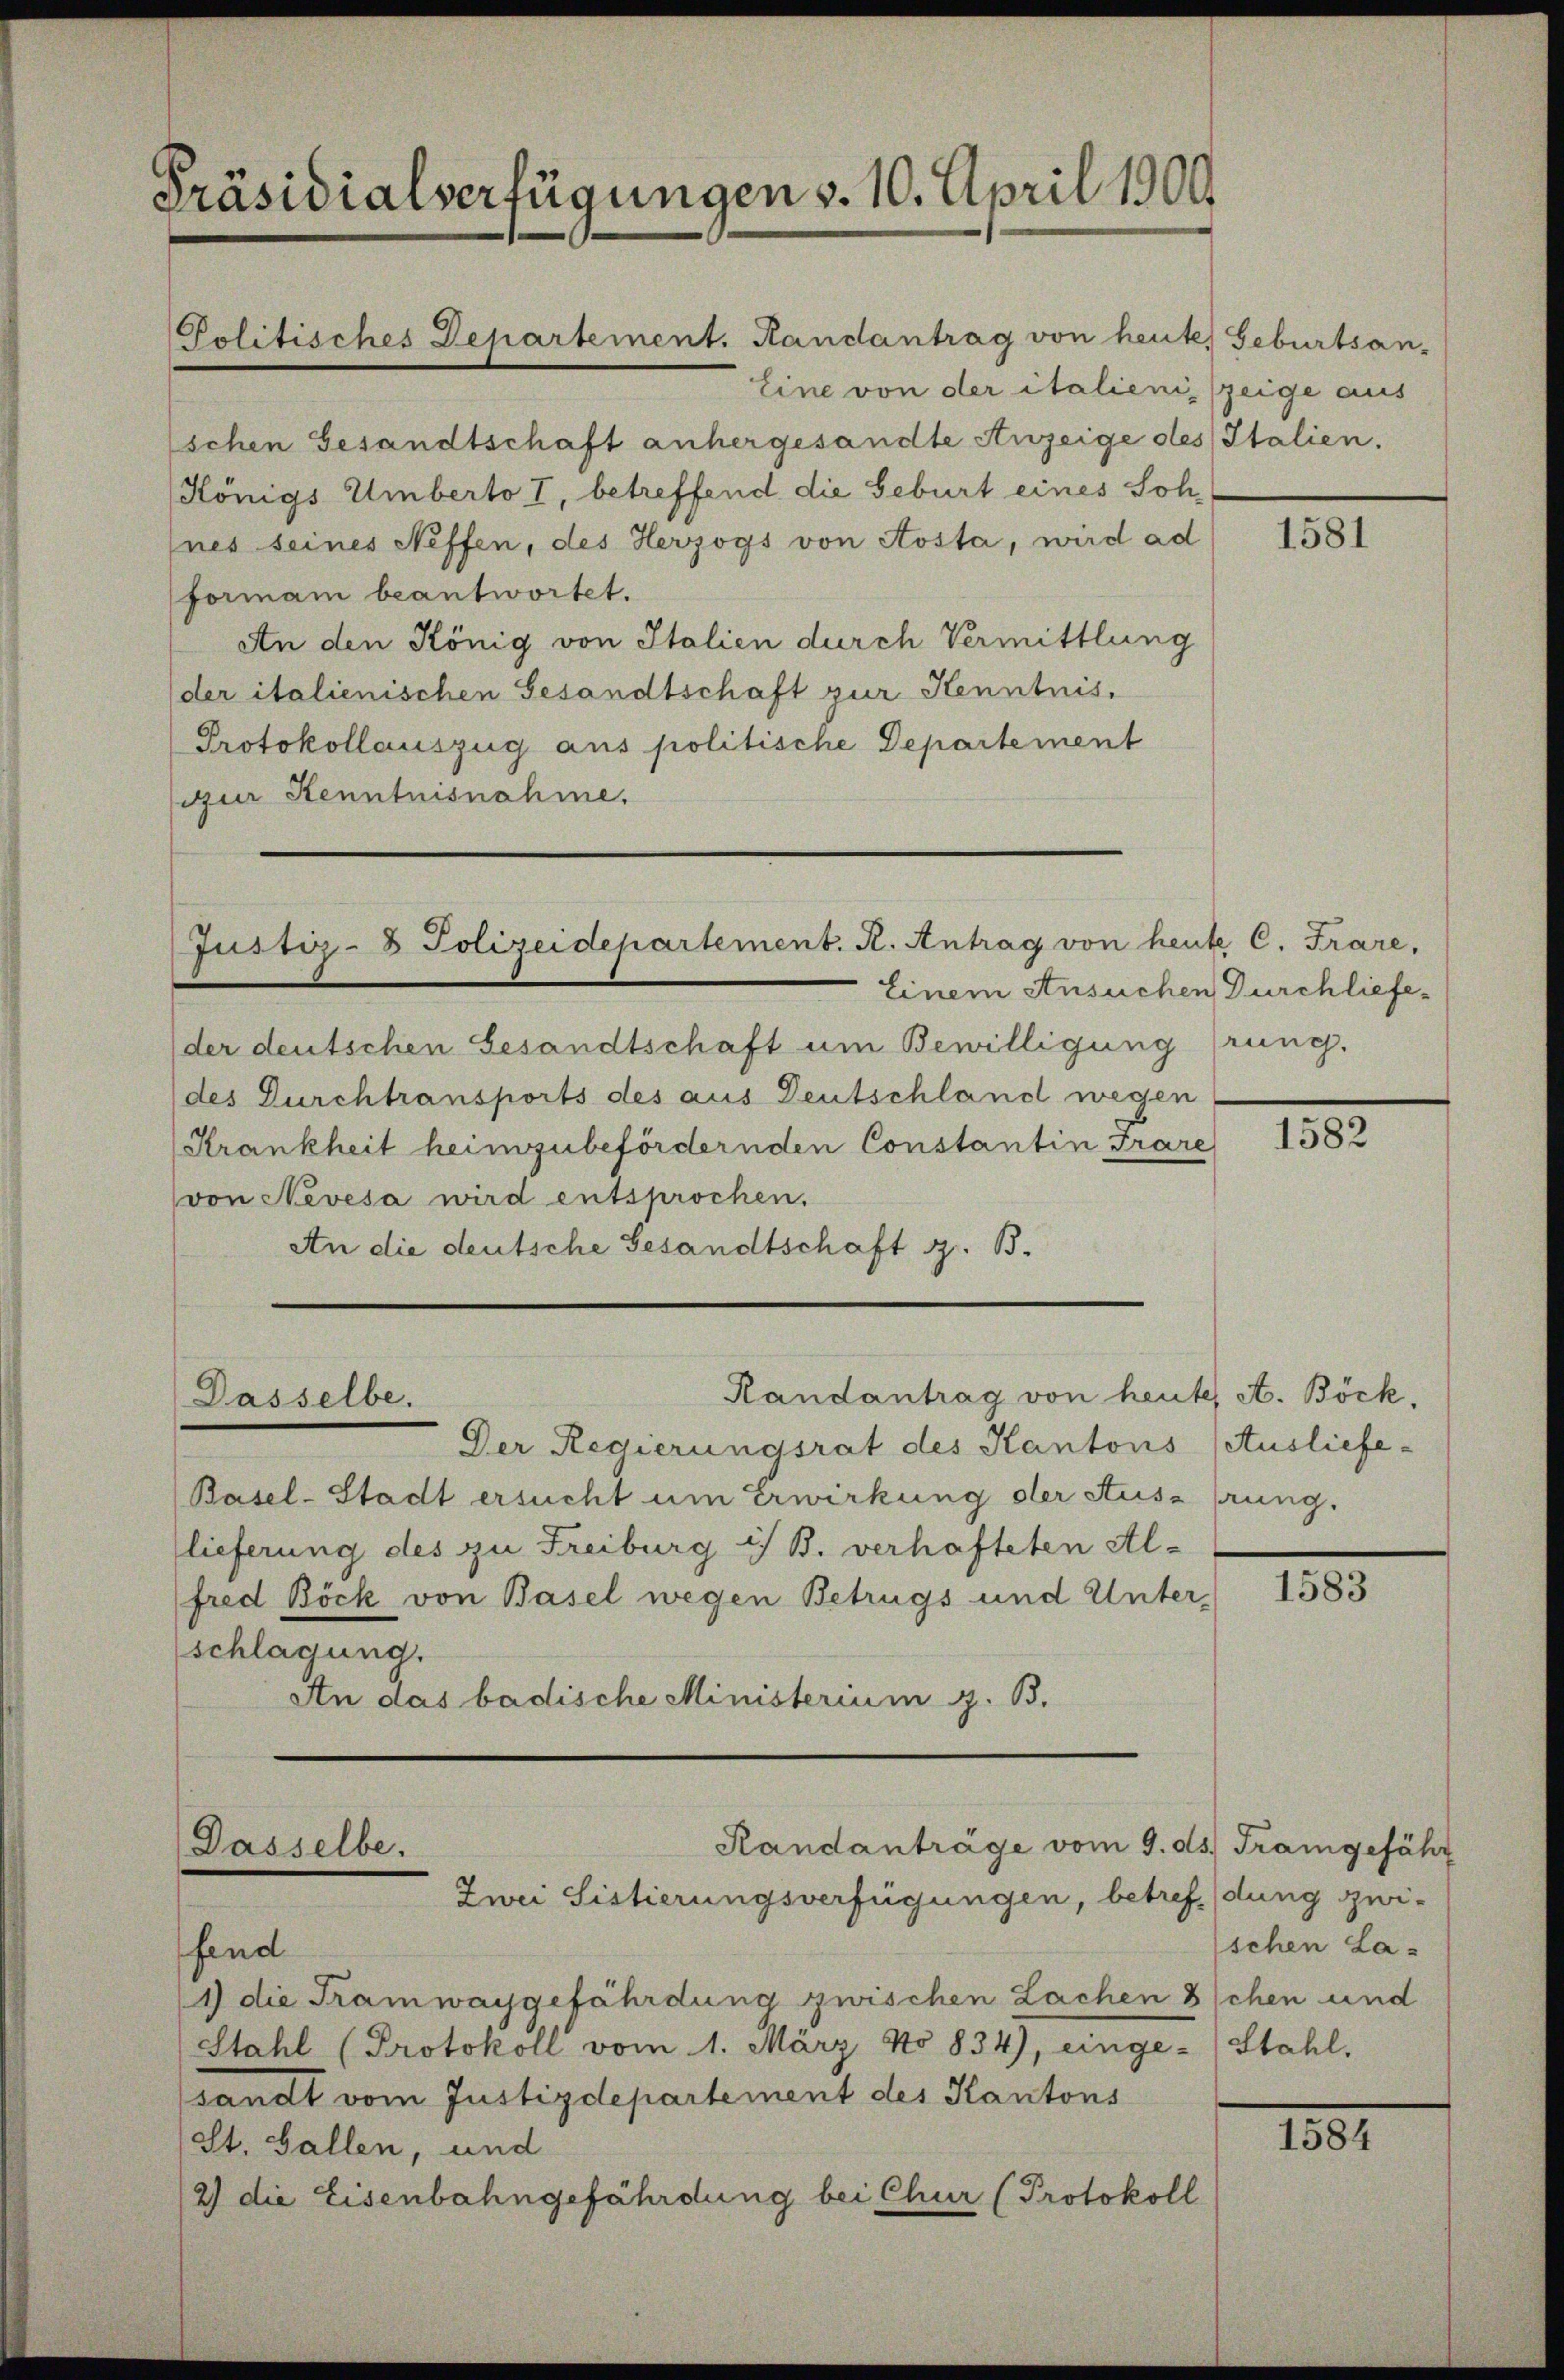
Präsidialverfügungen v. 10. April 1900.

Politisches Departement. Randantrag von heute Geburtsan-
Eine von der italienis zeige aus
schen Gesandtschaft anhergesandte Anzeige des Italien.
Königs Umberto I, betreffend die Geburt eines Sohnes seines Neffen, des Herzogs von Aosta, wird ad
formani beantwortet.
An den König von Italien durch Vermittlung
der italienischen Gesandtschaft zur Kenntnis,
Protokollauszug aus politische Departement
zur Kenntnisnahme.

Justiz- & Polizeidepartement. K. Antrag von heute C. Frare,

der deutschen Gesandtschaft um Bewilligung (rung.
des Durchtransports des aus Deutschland wegen
Krankheit heimzubefördernden Constantin Trare
von Nevesa wird entsprochen.
An die deutsche Gesandtschaft z. B.

Dasselbe.

Randantrag von heute, A. Böck,

Randanträge vom 9. ds. Trangefähr
Dasselbe.
Zwei Sistierungsverfügungen, betreff dung zwi¬

Der Regierungsrat des Kantons (Ausliefe-
Basel-Stadt ersucht um Erwirkung der Ausz prung.
lieferung des zu Freiburg i/ B. verhafteten Al-
fred Böck von Basel wegen Betrugs und Unter,
schlagung.
An das badische Ministerium z. B.

fend
1) die Tramwaygefährdung zwischen Lachen schen und
Stahl (Protokoll vom 1. März No 834), einge-Stahl.
sandt vom Justizdepartement des Kantons
St. Gallen, und
2) die Eisenbahngefährdung bei Chur (Protokoll

1581

Einem Ansuchen Durchliefe¬

1582

1583

schen La-

1851